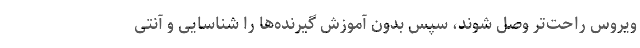
ویروس راحت‌تر وصل شوند، سپس بدون آموزش گیرنده‌ها را شناسایی و آنتی